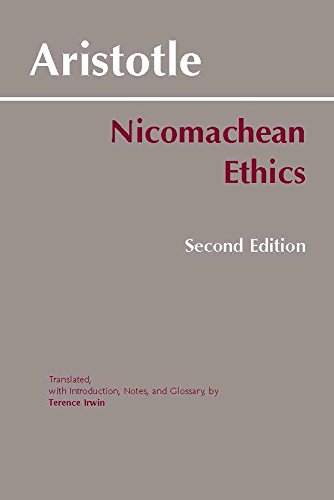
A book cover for Nicomachean Ethics; Aristotle; Politics & Social Sciences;